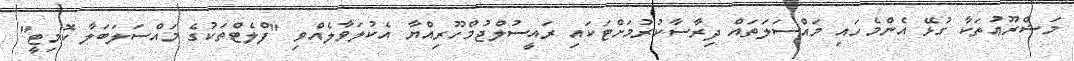
މަޝްރޫޢުތަކާ ގުޅޭ އެންމެހައި މައްސަލަތައް ދިރާސާކުރުމަށްޓަކައި ރައީސުލްޖުމްހޫރިއްޔާ އެކުލަވާލެއްވި "ފްލެޓްތަކުގެ މައްސަލަބަލާ ކޮމިޓީ"